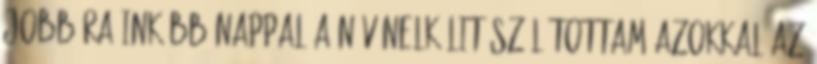
jobbára inkább nappal a név nelkülit szólítottam azokkal az